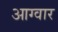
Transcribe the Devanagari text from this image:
आग्वार